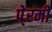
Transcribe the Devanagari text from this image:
पे्रमी